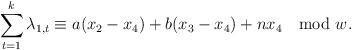
LaTeX: \begin{align*}\sum_{t=1}^k \lambda_{1,t}\equiv a(x_2-x_4)+b(x_3-x_4) + n x_4 \mod w.\end{align*}